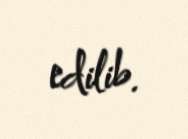
edilib.